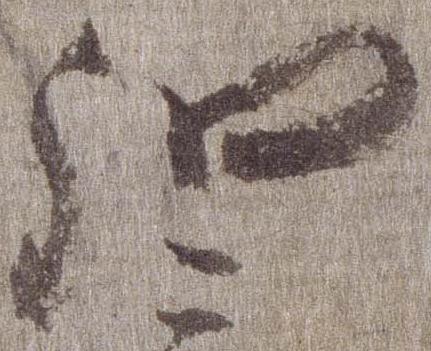
弘